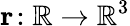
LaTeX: \mathbf{r}\! :\mathbb{R}\rightarrow\mathbb{R}^{3}